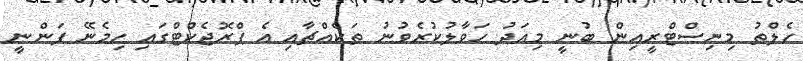
ހެލްތު މިނިސްޓްރީއިން ބުނީ މިއަދު ހަވާލުކުރެވުނު ތަކެއްޗާއި އެ ޕްރޮޖެކްޓްގައި ހިމެނޭ ފަންނީ